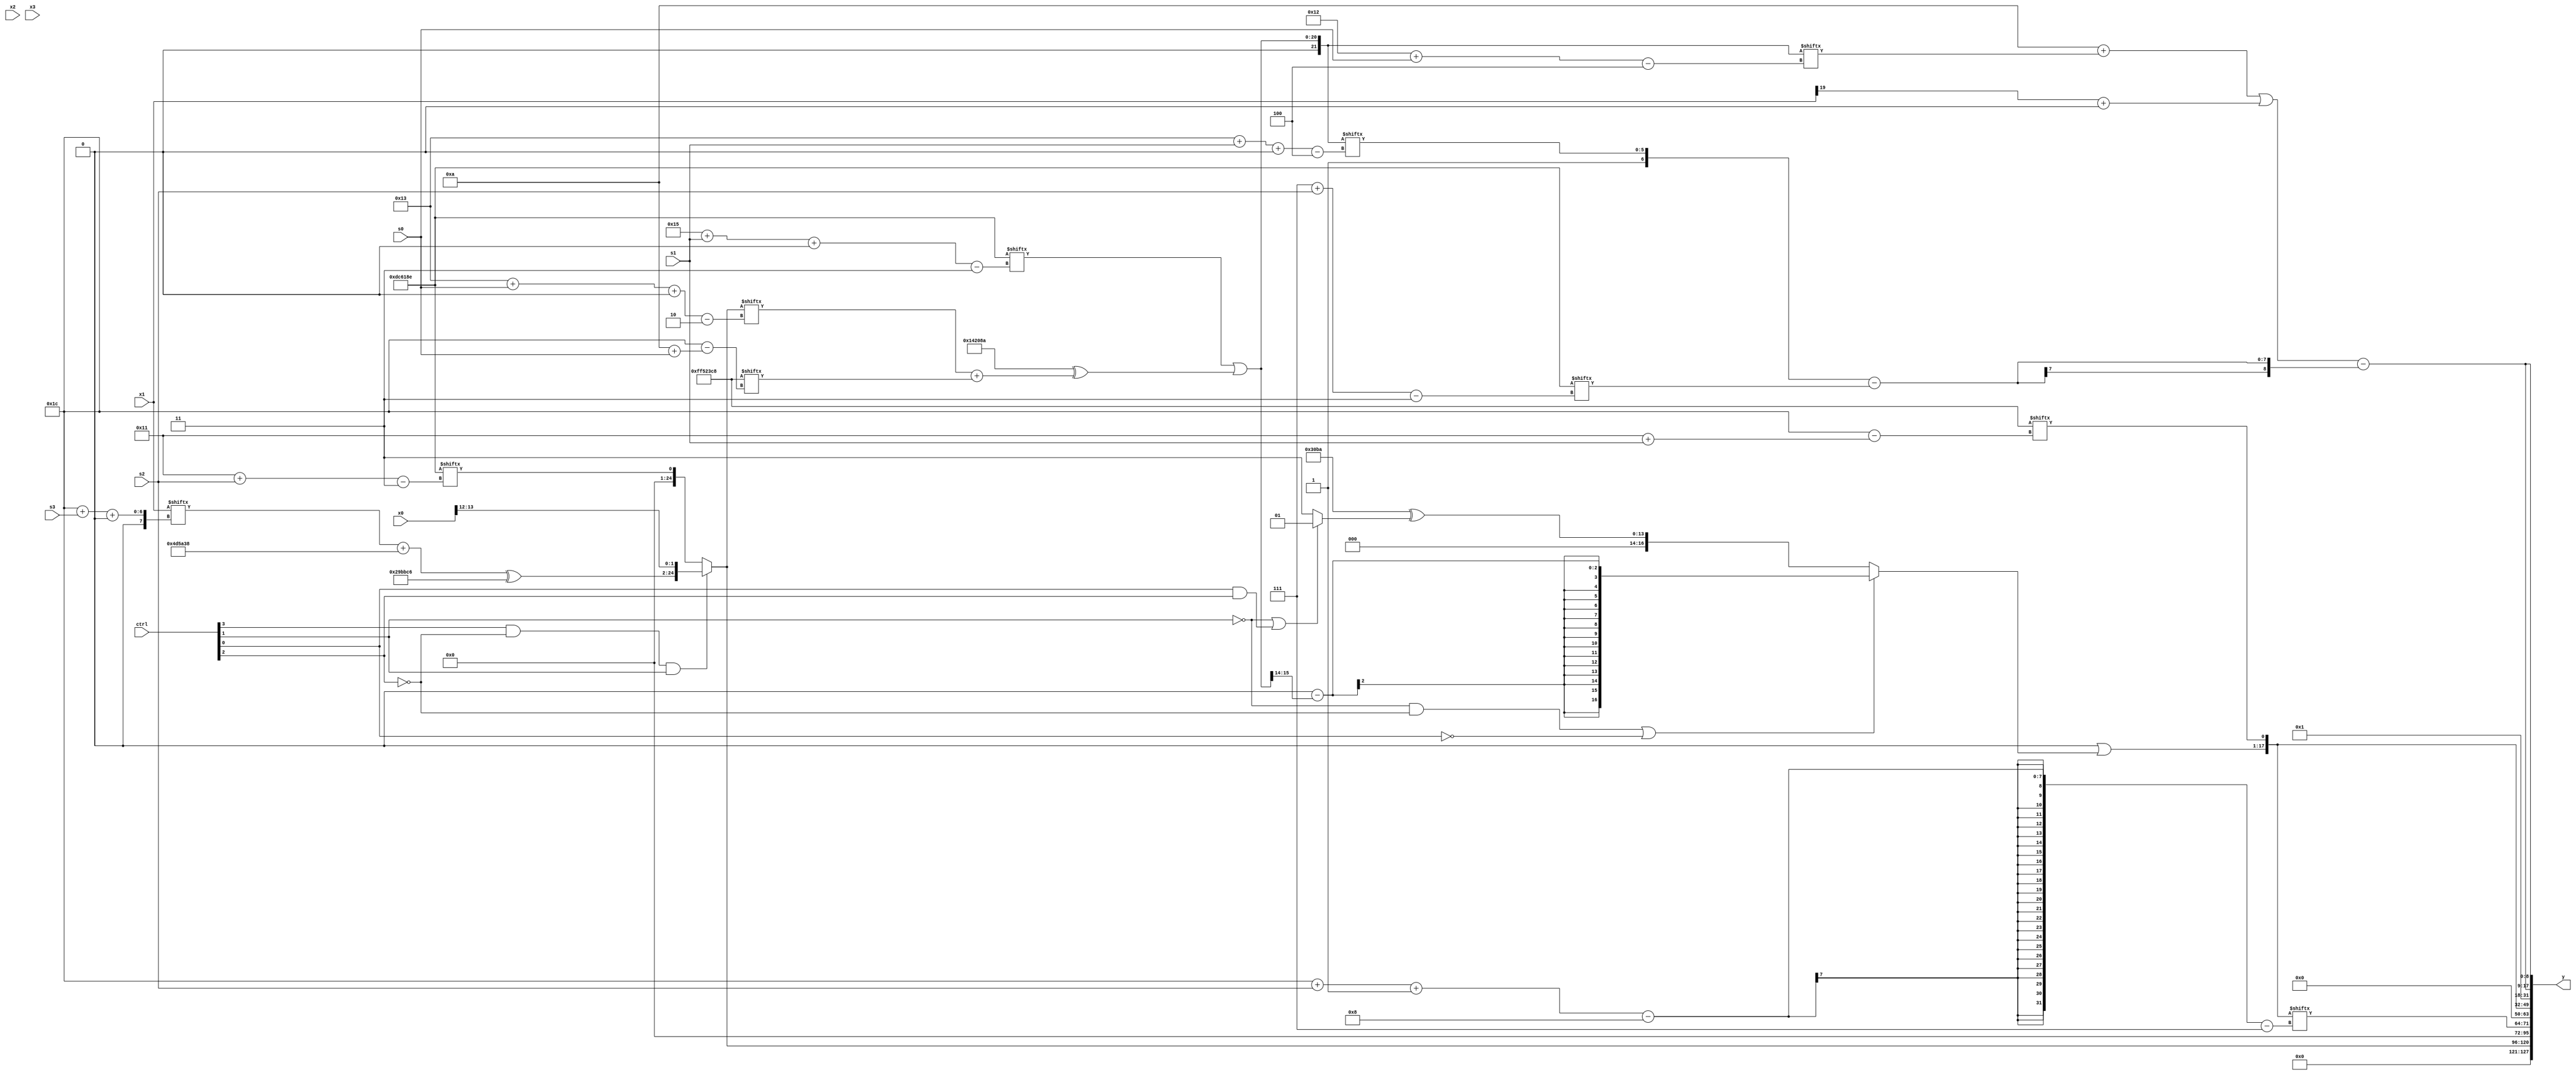
module partsel_00882(ctrl, s0, s1, s2, s3, x0, x1, x2, x3, y);
  input [3:0] ctrl;
  input [2:0] s0;
  input [2:0] s1;
  input [2:0] s2;
  input [2:0] s3;
  input [31:0] x0;
  input [31:0] x1;
  input [31:0] x2;
  input [31:0] x3;
  wire [30:6] x4;
  wire [26:2] x5;
  wire signed [28:1] x6;
  wire [7:28] x7;
  wire [4:30] x8;
  wire signed [1:27] x9;
  wire [25:4] x10;
  wire [27:6] x11;
  wire signed [7:28] x12;
  wire signed [26:7] x13;
  wire [24:7] x14;
  wire signed [25:4] x15;
  output [127:0] y;
  wire [31:0] y0;
  wire signed [31:0] y1;
  wire [31:0] y2;
  wire [31:0] y3;
  assign y = {y0,y1,y2,y3};
  localparam signed [26:3] p0 = 987521422;
  localparam [7:31] p1 = 810375736;
  localparam signed [0:28] p2 = 804594632;
  localparam [3:26] p3 = 949235898;
  assign x4 = {x3, p0[21 -: 2]};
  assign x5 = (ctrl[3] && !ctrl[2] && ctrl[1] ? {((x1[28 + s3 +: 2] + p1) ^ (p0 + {p0[14 + s1 -: 2], p1})), x0[12 +: 2]} : p0[17 + s2]);
  assign x6 = x4[6 + s0];
  assign x7 = {2{{({p0, (x6[17 +: 3] - p0[31 + s3 -: 6])} + p2[14 +: 4]), x2[25 + s1 +: 4]}}};
  assign x8 = {x0[8 + s2], {2{(x6 + (p0[23] ^ p3[23 + s3 -: 6]))}}};
  assign x9 = p3[8];
  assign x10 = (p0[21 + s1 +: 8] | {2{{((x3[16 +: 2] - p0[14 + s3]) - (!ctrl[2] || ctrl[2] || !ctrl[3] ? (x5 - x4[9 +: 2]) : p3[16 +: 4])), ((p3 & p0) ^ (x5[19 + s0 +: 8] + p2[10 + s0]))}}});
  assign x11 = (((p1[4 + s1 -: 6] + ((p0[14 -: 1] + x6[9]) | {p3[22 + s3 -: 8], (p3[13 -: 4] | x5[13])})) + (ctrl[1] && !ctrl[2] && ctrl[0] ? ((ctrl[2] || !ctrl[0] || ctrl[0] ? (x9 + x6[12]) : p3[10 +: 3]) - x1[13]) : x5[22])) & x8);
  assign x12 = {2{(!ctrl[1] && !ctrl[2] || !ctrl[0] ? (p0[14 +: 2] - x10[18 +: 2]) : (p3 ^ (!ctrl[1] || ctrl[0] && ctrl[2] ? p0[23] : {2{p3[22 -: 1]}})))}};
  assign x13 = (ctrl[1] && ctrl[0] && !ctrl[3] ? p0[1 + s1 +: 7] : (!ctrl[2] && ctrl[3] || !ctrl[2] ? p3[22 -: 3] : x10[22 -: 3]));
  assign x14 = {(x8[16 -: 2] | x12), p2[17 + s1]};
  assign x15 = {p2[22 + s2 +: 1], {(p3[13 + s3] ^ p3[24 + s0 -: 4]), ((x0[19 -: 4] | (x12[17 +: 4] - p2[17])) & ({2{(x9[10 + s1] - x0[11])}} - ((x9[6 + s2] + p2[22 -: 1]) ^ p1)))}};
  assign y0 = x5;
  assign y1 = x14[28 + s2 -: 8];
  assign y2 = x14;
  assign y3 = {p1[19], {2{(((p2[8 +: 4] + x10[18 + s0]) | (x1[19 +: 1] + x6[18 +: 1])) - ({p3[13 -: 3], x10[19 + s1 +: 6]} - p0[7 + s2]))}}};
endmodule